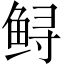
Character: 鲟